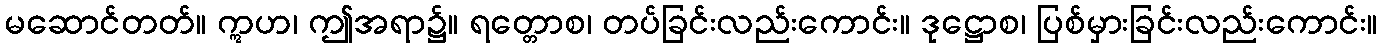
မဆောင်တတ်။ ဣဟ၊ ဤအရာ၌။ ရတ္တောစ၊ တပ်ခြင်းလည်းကောင်း။ ဒုဋ္ဌောစ၊ ပြစ်မှားခြင်းလည်းကောင်း။